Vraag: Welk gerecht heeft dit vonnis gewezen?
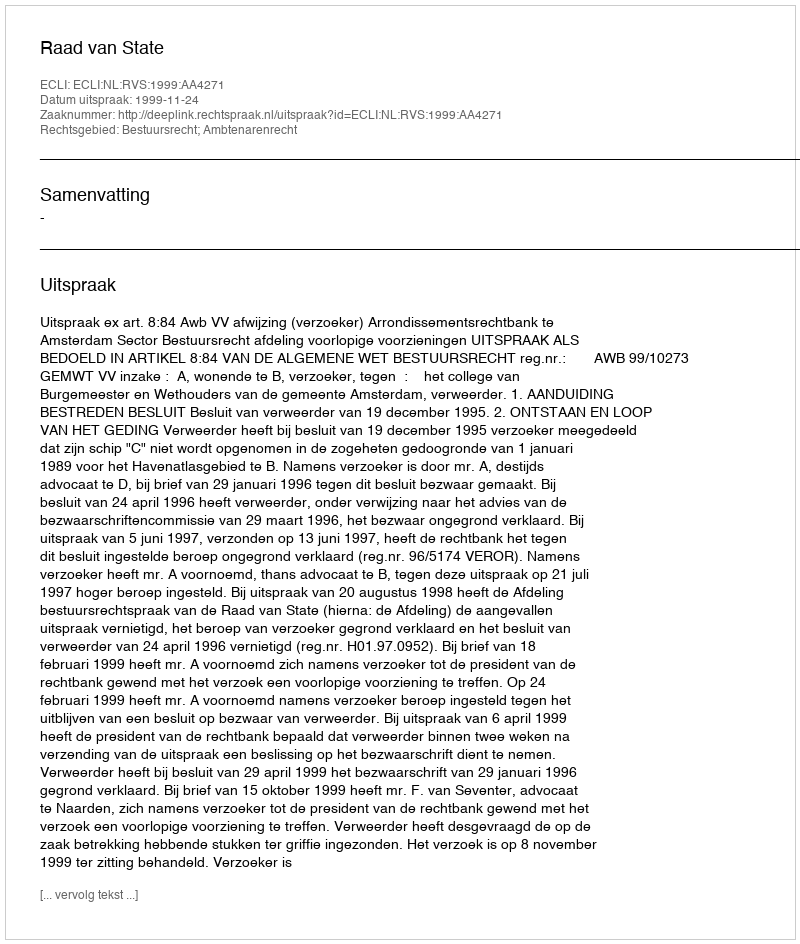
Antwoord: Raad van State